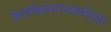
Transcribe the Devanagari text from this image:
काैण्डिन्न्यायनशिक्षा